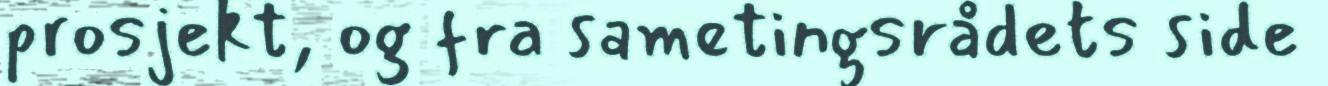
prosjekt, og fra sametingsrådets side